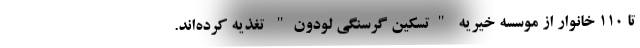
تا 110 خانوار از موسسه خیریه "تسکین گرسنگی لودون" تغذیه کرده‌اند.